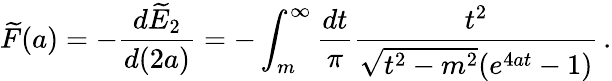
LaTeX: \widetilde{F}(a)=-\frac{d\widetilde{E}_{2}}{d(2a)}=-\int_{m}^{\infty}\frac{dt}{\pi}\frac{t^{2}}{\sqrt{t^{2}-m^{2}}(e^{4at}-1)}\, .